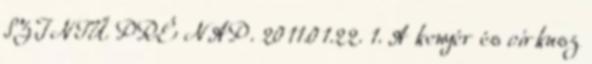
SZINTŰ PRÉ NAP. 2011.01.22. 1. A kenyér és cirkusz